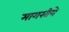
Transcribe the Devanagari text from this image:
मागसीरो